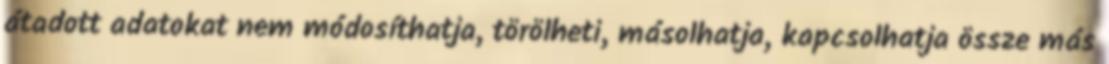
átadott adatokat nem módosíthatja, törölheti, másolhatja, kapcsolhatja össze más